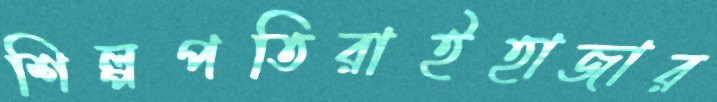
শিল্পপতিরাইহাজার